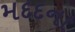
મદદના